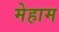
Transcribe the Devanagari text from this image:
मेहाम